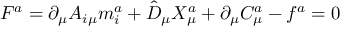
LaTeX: F ^ { a } = \partial _ { \mu } A _ { i \mu } m _ { i } ^ { a } + \hat { D } _ { \mu } X _ { \mu } ^ { a } + \partial _ { \mu } C _ { \mu } ^ { a } - f ^ { a } = 0